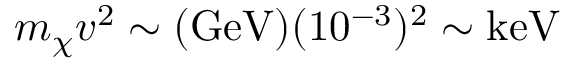
m _ { \chi } v ^ { 2 } \sim ( \mathrm { G e V } ) ( 1 0 ^ { - 3 } ) ^ { 2 } \sim \mathrm { k e V }